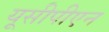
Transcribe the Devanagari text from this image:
यूसीपीएन